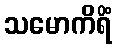
သမောကိရိံ